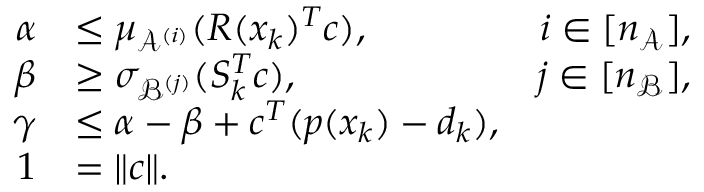
\begin{array} { r l r } { \alpha } & { \leq \mu _ { \mathcal { A } ^ { ( i ) } } ( R ( x _ { k } ) ^ { T } c ) , } & { i \in [ n _ { \mathcal { A } } ] , } \\ { \beta } & { \geq \sigma _ { \mathcal { B } ^ { ( j ) } } ( S _ { k } ^ { T } c ) , } & { j \in [ n _ { \mathcal { B } } ] , } \\ { \gamma } & { \leq \alpha - \beta + c ^ { T } ( p ( x _ { k } ) - d _ { k } ) , } \\ { 1 } & { = \| c \| . } \end{array}